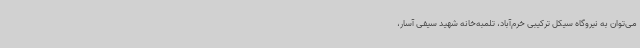
می‌توان به نیروگاه سیکل ترکیبی خرم‌آباد، تلمبه‌خانه شهید سیفی آسار،